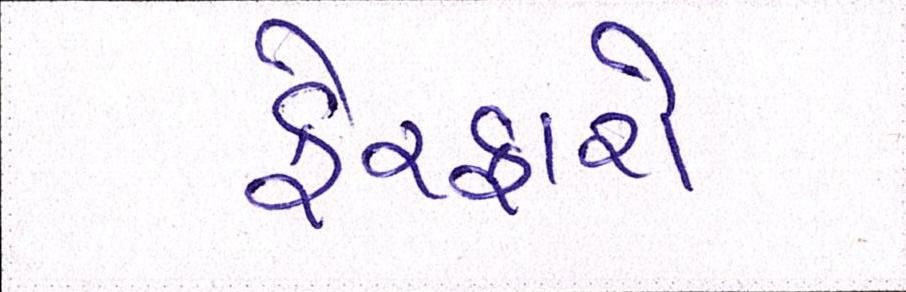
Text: ફેરફારો